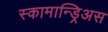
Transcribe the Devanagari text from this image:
स्कामान्ड्रिअस